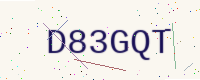
Text: D83GQT